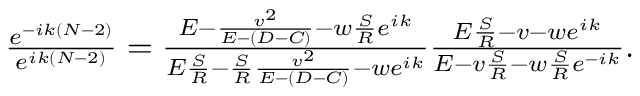
\begin{array} { r } { \frac { e ^ { - i k ( N - 2 ) } } { e ^ { i k ( N - 2 ) } } = \frac { E - \frac { v ^ { 2 } } { E - ( D - C ) } - w \frac { S } { R } e ^ { i k } } { E \frac { S } { R } - \frac { S } { R } \frac { v ^ { 2 } } { E - ( D - C ) } - w e ^ { i k } } \frac { E \frac { S } { R } - v - w e ^ { i k } } { E - v \frac { S } { R } - w \frac { S } { R } e ^ { - i k } } . } \end{array}